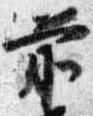
前